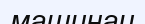
машинаи